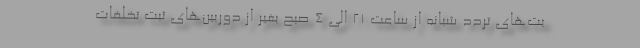
یت‌های تردد شبانه از ساعت ۲۱ الی ۴ صبح بغیر از دوربین‌های ثبت تخلفات